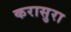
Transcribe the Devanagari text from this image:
करासुरा